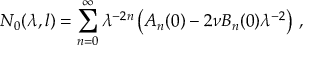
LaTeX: N _ { 0 } ( \lambda , l ) = \sum _ { n = 0 } ^ { \infty } \lambda ^ { - 2 n } \left( A _ { n } ( 0 ) - 2 \nu B _ { n } ( 0 ) \lambda ^ { - 2 } \right) \, ,